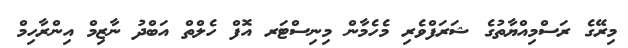
މިރޭގެ ރަސްމިއްޔާތުގެ ޝަރަފްވެރި މެހެމާން މިނިސްޓަރ އޮފް ހެލްތް އަބްދު ނާޒިމް އިންރާހިމް